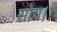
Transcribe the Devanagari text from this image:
सोय।।